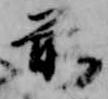
前